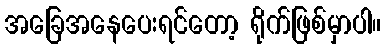
အခြေအနေပေးရင်တော့ ရိုက်ဖြစ်မှာပါ။